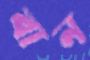
বান